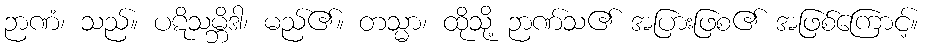
ဉာဏံ၊ သည်။ ပဋိသမ္ဘိဒါ၊ မည်၏။ တသ္မာ၊ ထိုသို့ ဉာဏ်သ၏ အပြားဖြစ၏ အဖြစ်ကြောင့်။